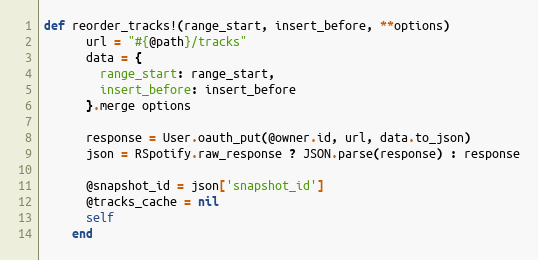
Language: Ruby
def reorder_tracks!(range_start, insert_before, **options)
      url = "#{@path}/tracks"
      data = {
        range_start: range_start,
        insert_before: insert_before
      }.merge options

      response = User.oauth_put(@owner.id, url, data.to_json)
      json = RSpotify.raw_response ? JSON.parse(response) : response

      @snapshot_id = json['snapshot_id']
      @tracks_cache = nil
      self
    end